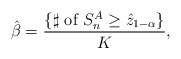
\begin{align*}\hat\beta=\frac{\{\sharp\mbox{ of }S_n^A\geq\hat z_{1-\alpha}\}}{K},\end{align*}